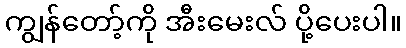
ကျွန်တော့်ကို အီးမေးလ် ပို့ပေးပါ။